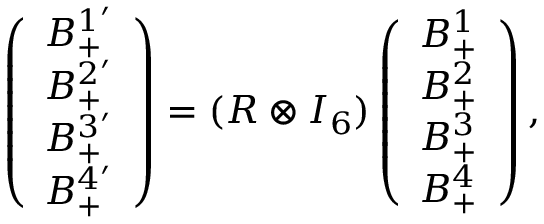
\begin{array} { r } { \left( \begin{array} { l } { B _ { + } ^ { 1 ^ { \prime } } } \\ { B _ { + } ^ { 2 ^ { \prime } } } \\ { B _ { + } ^ { 3 ^ { \prime } } } \\ { B _ { + } ^ { 4 ^ { \prime } } } \end{array} \right) = ( R \otimes I _ { 6 } ) \left( \begin{array} { l } { B _ { + } ^ { 1 } } \\ { B _ { + } ^ { 2 } } \\ { B _ { + } ^ { 3 } } \\ { B _ { + } ^ { 4 } } \end{array} \right) , } \end{array}